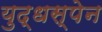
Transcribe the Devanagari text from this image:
युद्धस्पेन